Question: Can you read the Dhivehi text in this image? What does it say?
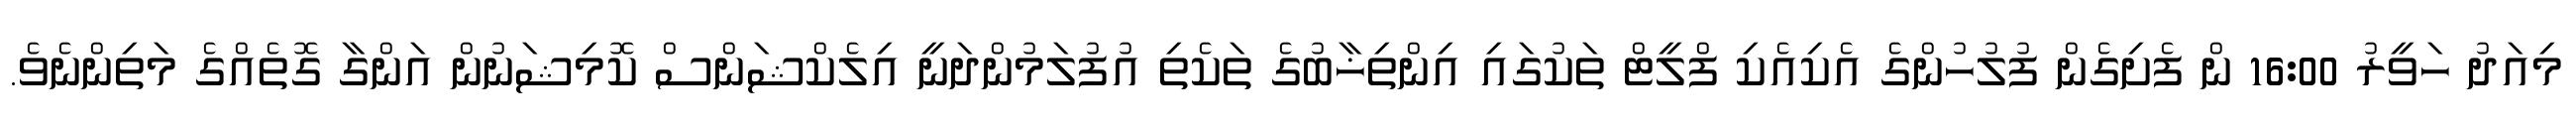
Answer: މިއަދު ހަވީރު 16:00 ން ފެށިގެން ފުލުހުންގެ އެކިއެކި ފްލީޓް ތަކުގައި އިންތިޚާބުގެ ތަކެތި އުފުލަމުންދަނީ އިލެކްޝަންސް ކޮމިޝަނުން އަންގާ ގޮތެއްގެ މަތިންނެވެ.